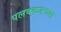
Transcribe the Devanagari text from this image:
पलक्कडच्या